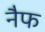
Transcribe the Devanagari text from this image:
नैफ